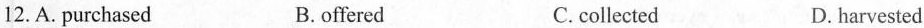
12. A. purchased B.offered C.collected D. harvested